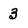
Character: 3